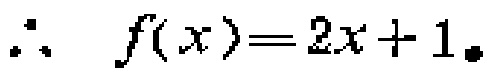
\(\therefore f(x)=2x + 1.\)